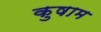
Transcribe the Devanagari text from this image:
कुषाम